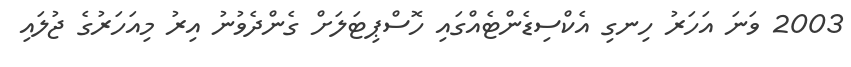
2003 ވަނަ އަހަރު ހިނގި އެކްސިޑެންޓެއްގައި ހޮސްޕިޓަލަށް ގެންދެވުނު އިރު މިއަހަރުގެ ޖުލައި